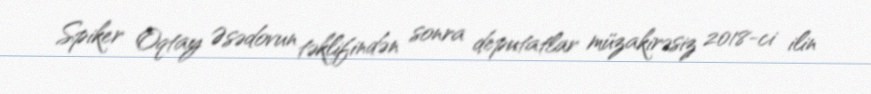
Spiker Oqtay Əsədovun təklifindən sonra deputatlar müzakirəsiz 2018-ci ilin